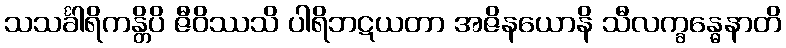
သသင်္ခါရိကန္တိပိ ဇီဝိဿသိ ပါရိဘဋယတာ အဇိနယောနိ သီလက္ခန္ဓေနာတိ